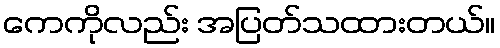
ကေကိုလည်း အပြတ်သထားတယ်။